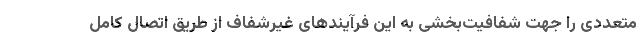
متعددی را جهت شفافیت‌بخشی به این فرآیندهای غیرشفاف از طریق اتصال کامل